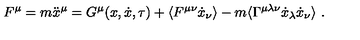
F ^ { \mu } = m \ddot { x } ^ { \mu } = G ^ { \mu } ( x , \dot { x } , \tau ) + \langle F ^ { \mu \nu } \dot { x } _ { \nu } \rangle - m \langle \Gamma ^ { \mu \lambda \nu } \dot { x } _ { \lambda } \dot { x } _ { \nu } \rangle \ .